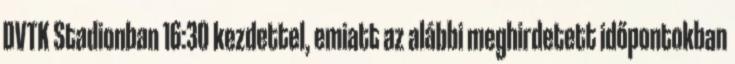
DVTK Stadionban 16:30 kezdettel, emiatt az alábbi meghirdetett időpontokban